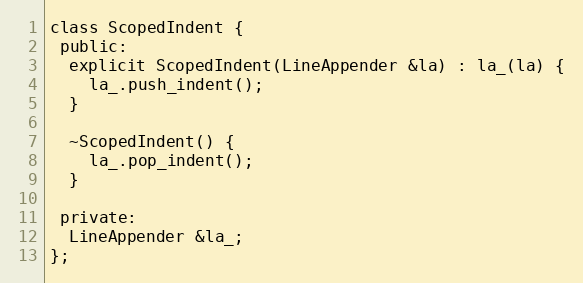
Language: C
class ScopedIndent {
 public:
  explicit ScopedIndent(LineAppender &la) : la_(la) {
    la_.push_indent();
  }

  ~ScopedIndent() {
    la_.pop_indent();
  }

 private:
  LineAppender &la_;
};